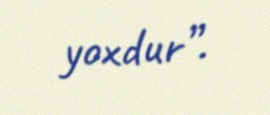
yoxdur”.